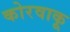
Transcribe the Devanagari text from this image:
कोरवाकू